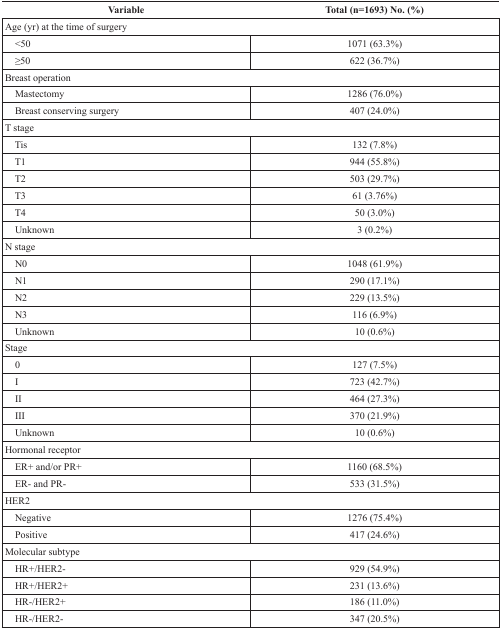
| Variable | Total (n=1693) No. (%) |
 | --- | --- |
 | <COLSPAN=2> Age (yr) at the time of surgery |
 | <50 | 1071 (63.3%) |
 | ≥50 | 622 (36.7%) |
 | <COLSPAN=2> Breast operation |
 | Mastectomy | 1286 (76.0%) |
 | Breast conserving surgery | 407 (24.0%) |
 | <COLSPAN=2> T stage |
 | Tis | 132 (7.8%) |
 | T1 | 944 (55.8%) |
 | T2 | 503 (29.7%) |
 | T3 | 61 (3.76%) |
 | T4 | 50 (3.0%) |
 | Unknown | 3 (0.2%) |
 | <COLSPAN=2> N stage |
 | N0 | 1048 (61.9%) |
 | N1 | 290 (17.1%) |
 | N2 | 229 (13.5%) |
 | N3 | 116 (6.9%) |
 | Unknown | 10 (0.6%) |
 | <COLSPAN=2> Stage |
 | 0 | 127 (7.5%) |
 | I | 723 (42.7%) |
 | II | 464 (27.3%) |
 | III | 370 (21.9%) |
 | Unknown | 10 (0.6%) |
 | <COLSPAN=2> Hormonal receptor |
 | ER+ and/or PR+ | 1160 (68.5%) |
 | ER- and PR- | 533 (31.5%) |
 | <COLSPAN=2> HER2 |
 | Negative | 1276 (75.4%) |
 | Positive | 417 (24.6%) |
 | <COLSPAN=2> Molecular subtype |
 | HR+/HER2− | 929 (54.9%) |
 | HR+/HER2+ | 231 (13.6%) |
 | HR−/HER2+ | 186 (11.0%) |
 | HR−/HER2− | 347 (20.5%) |